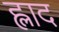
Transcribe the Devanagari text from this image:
ह्लाद